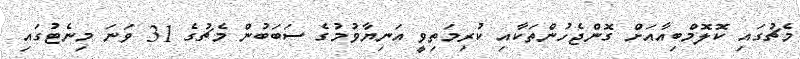
މެޗުގައި ކޮލޮމްބިއާއަށް ގޮންޖެހުންތަކާއި ކުރިމަތިވީ އަނިޔާވުމުގެ ސަބަބުން މެޗުގެ 31 ވަނަ މިނެޓުގައި